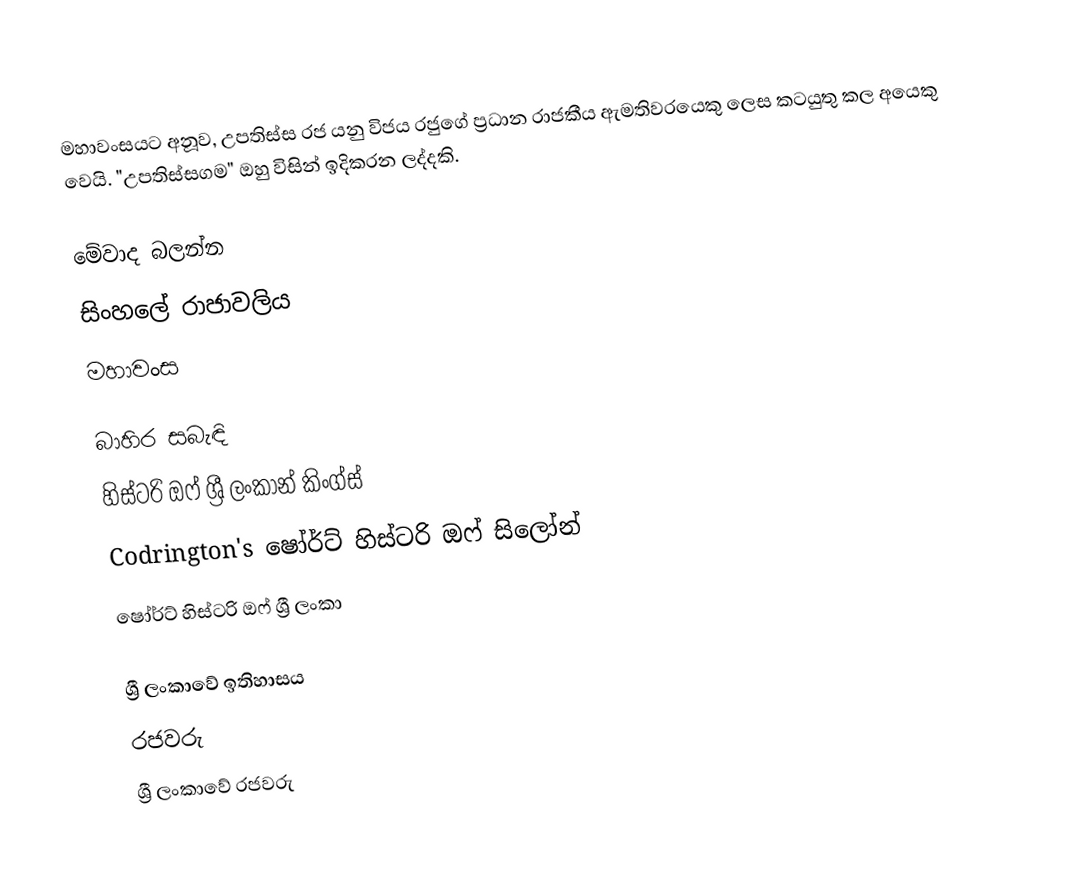
මහාවංසයට අනූව, උපතිස්ස රජ යනු විජය රජුගේ ප්‍රධාන රාජකීය ඇමතිවරයෙකු ලෙස කටයුතු කල අයෙකු වෙයි. "උපතිස්සගම" ඔහු විසින් ඉදිකරන ලද්දකි.

මේවාද බලන්න
සිංහලේ රාජාවලිය
මහාවංස

බාහිර සබැඳි
 හිස්ටරි ඔෆ් ශ්‍රී ලංකාන් කිංග්ස්
 Codrington's ෂෝර්ට් හිස්ටරි ඔෆ් සිලෝන්
 ෂෝර්ට් හිස්ටරි ඔෆ් ශ්‍රී ලංකා

ශ්‍රී ලංකාවේ ඉතිහාසය
රජවරු
ශ්‍රී ලංකාවේ රජවරු